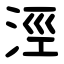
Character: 涇